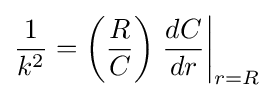
{\frac {1}{k^{2}}}=\left({\frac {R}{C}}\right)\left.{\frac {dC}{dr}}\right|_{r=R}